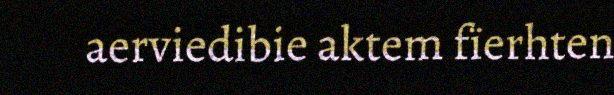
aerviedibie aktem fïerhten